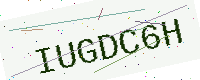
Text: IUGDC6H